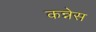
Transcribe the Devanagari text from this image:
कन्नेस